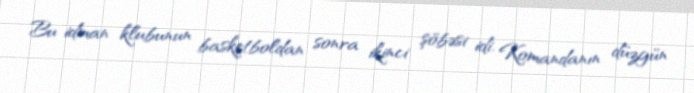
Bu idman klubunun basketboldan sonra ikinci şöbəsi idi. Komandanın düzgün